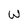
Character: W